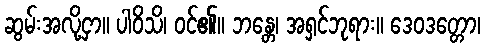
ဆွမ်းအလို့ငှာ။ ပါဝိသိ၊ ဝင်၏။ ဘန္တေ၊ အရှင်ဘုရား။ ဒေဝဒတ္တော၊